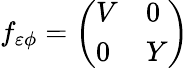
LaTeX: f_{\varepsilon\phi}=\left(\begin{array}{ll}{V}&{0}\\ {0}&{Y}\end{array}\right)